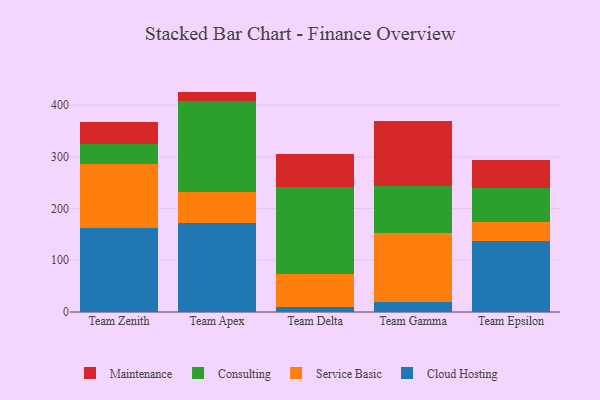
{"axis": {"x": "Team", "y": "Inventory Turnover"}, "legend": ["Cloud Hosting", "Consulting", "Maintenance", "Service Basic"], "data": [{"x": "Team Zenith", "y": 162.5, "type": "Cloud Hosting"}, {"x": "Team Zenith", "y": 122.8, "type": "Service Basic"}, {"x": "Team Zenith", "y": 38.7, "type": "Consulting"}, {"x": "Team Zenith", "y": 43.3, "type": "Maintenance"}, {"x": "Team Apex", "y": 172.1, "type": "Cloud Hosting"}, {"x": "Team Apex", "y": 60.0, "type": "Service Basic"}, {"x": "Team Apex", "y": 176.8, "type": "Consulting"}, {"x": "Team Apex", "y": 17.3, "type": "Maintenance"}, {"x": "Team Delta", "y": 9.3, "type": "Cloud Hosting"}, {"x": "Team Delta", "y": 64.5, "type": "Service Basic"}, {"x": "Team Delta", "y": 168.7, "type": "Consulting"}, {"x": "Team Delta", "y": 63.6, "type": "Maintenance"}, {"x": "Team Gamma", "y": 20.0, "type": "Cloud Hosting"}, {"x": "Team Gamma", "y": 132.1, "type": "Service Basic"}, {"x": "Team Gamma", "y": 91.2, "type": "Consulting"}, {"x": "Team Gamma", "y": 127.0, "type": "Maintenance"}, {"x": "Team Epsilon", "y": 136.6, "type": "Cloud Hosting"}, {"x": "Team Epsilon", "y": 37.5, "type": "Service Basic"}, {"x": "Team Epsilon", "y": 65.6, "type": "Consulting"}, {"x": "Team Epsilon", "y": 54.2, "type": "Maintenance"}]}